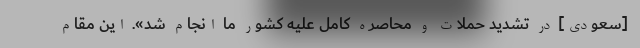
[سعودی] در تشدید حملات و محاصره کامل علیه کشور ما انجام شد». این مقام